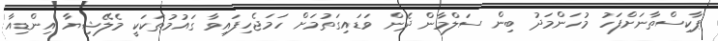
ޕާކިސްތާނަށްފަހު މުހަންމަދު ބިން ސަލްމާން ދެން ވަޑައިގަތުމަށް ހަމަޖެހިފައިވާ ގައުމުތަކަކީ މެލޭޝިޔާ އިންޑިއާ